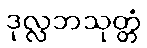
ဒုလ္လဘသုတ္တံ